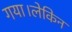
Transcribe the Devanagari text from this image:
गया।लेकिन